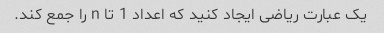
یک عبارت ریاضی ایجاد کنید که اعداد 1 تا n را جمع کند.